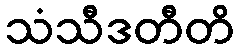
သံသီဒတီတိ